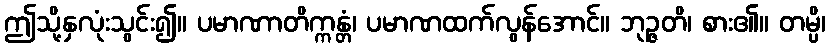
ဤသို့နှလုံးသွင်း၍။ ပမာဏာတိက္ကန္တံ၊ ပမာဏထက်လွန်အောင်။ ဘုဉ္ဇတိ၊ စား၏။ တမ္ပိ၊